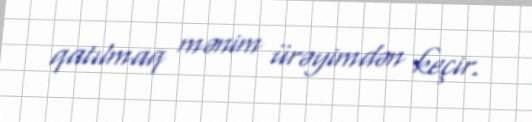
qatılmaq mənim ürəyimdən keçir.